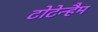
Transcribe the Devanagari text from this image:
टोटेन्हैम